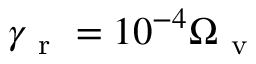
\gamma _ { \mathrm { ~ r ~ } } = 1 0 ^ { - 4 } \Omega _ { \mathrm { ~ v ~ } }